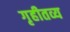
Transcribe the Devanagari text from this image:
गृहीतव्य